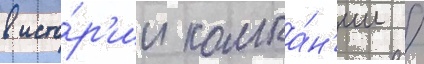
в исто́р'ии компа́н'ии /